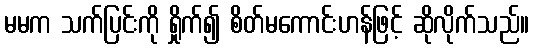
မမက သက်ပြင်းကို ရှိုက်၍ စိတ်မကောင်းဟန်ဖြင့် ဆိုလိုက်သည်။